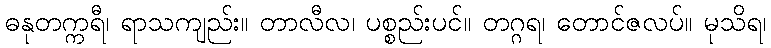
ဓနုတက္ကရီ၊ ရာသကျည်း။ တာလီလ၊ ပစ္စည်းပင်။ တဂ္ဂရ၊ တောင်ဇလပ်။ မုသိရ၊